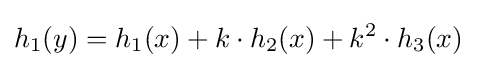
h_{1}(y)=h_{1}(x)+k\cdot h_{2}(x)+k^{2}\cdot h_{3}(x)